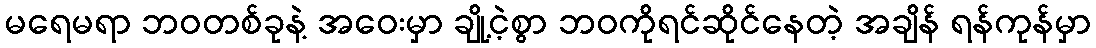
မရေမရာ ဘဝတစ်ခုနဲ့ အဝေးမှာ ချို့ငဲ့စွာ ဘဝကိုရင်ဆိုင်နေတဲ့ အချိန် ရန်ကုန်မှာ